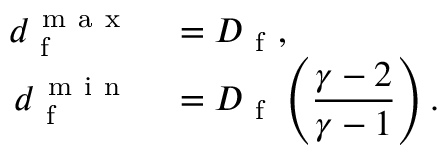
\begin{array} { r l } { d _ { \mathrm { ~ f ~ } } ^ { \mathrm { ~ m ~ a ~ x ~ } } } & { { } = D _ { \mathrm { ~ f ~ } } , } \\ { d _ { \mathrm { ~ f ~ } } ^ { \mathrm { ~ m ~ i ~ n ~ } } } & { { } = D _ { \mathrm { ~ f ~ } } \left( \displaystyle \frac { \gamma - 2 } { \gamma - 1 } \right) . } \end{array}